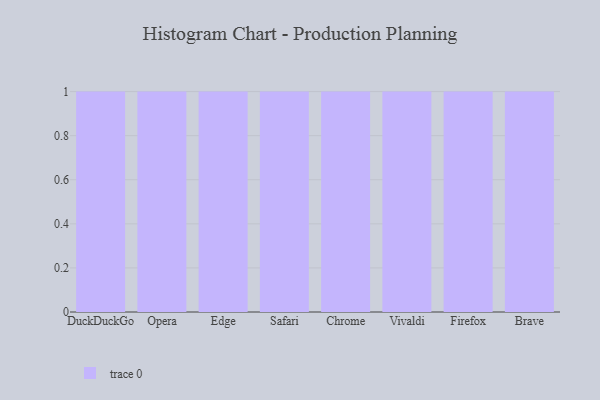
{"axis": {"x": "Browser", "y": "Production Output"}, "legend": [""], "data": [{"x": "DuckDuckGo", "y": 33, "type": ""}, {"x": "Opera", "y": 62, "type": ""}, {"x": "Edge", "y": 97, "type": ""}, {"x": "Safari", "y": 45, "type": ""}, {"x": "Chrome", "y": 26, "type": ""}, {"x": "Vivaldi", "y": 82, "type": ""}, {"x": "Firefox", "y": 32, "type": ""}, {"x": "Brave", "y": 89, "type": ""}]}